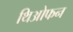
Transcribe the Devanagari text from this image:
थिओफन